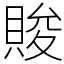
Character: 賐